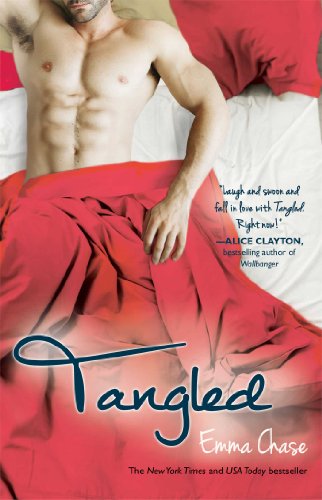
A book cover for Tangled (The Tangled Series); Emma Chase; Romance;